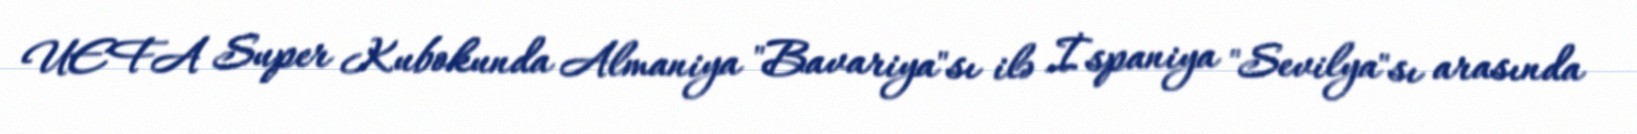
UEFA Super Kubokunda Almaniya "Bavariya"sı ilə İspaniya "Sevilya"sı arasında